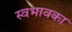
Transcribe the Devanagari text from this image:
स्वभावका